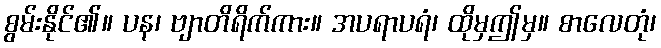
စွမ်းနိုင်၏။ ပန၊ ဗျာတိရိက်ကား။ အပရာပရံ၊ ထိုမှဤမှ။ စာလေတုံ၊